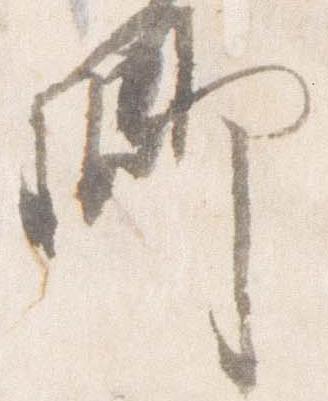
卿